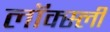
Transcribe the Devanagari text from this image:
लॉक्स्ली